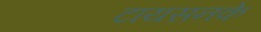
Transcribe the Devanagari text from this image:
टायसनके